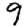
Digit: 9